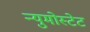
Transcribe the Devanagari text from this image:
न्युमोस्टेट